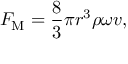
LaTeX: F _ { \mathrm { M } } = { \frac { 8 } { 3 } } \pi r ^ { 3 } \rho \omega v ,